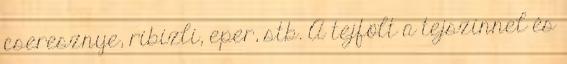
cseresznye, ribizli, eper, stb. A tejfölt a tejszínnel és